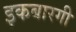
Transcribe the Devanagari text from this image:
इकबारगी